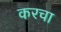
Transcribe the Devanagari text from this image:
करचा